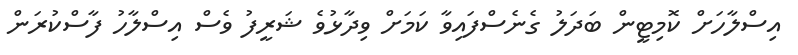
އިސްލާހަށް ކޮމިޓީން ބަދަލު ގެނެސްފައިވާ ކަމަށް ވިދާޅުވެ ޝަރީފު ވެސް އިސްލާހު ފާސްކުރަން